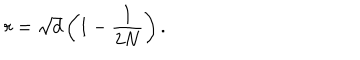
r = \sqrt { d } \left( 1 - \frac { 1 } { 2 N } \right) .